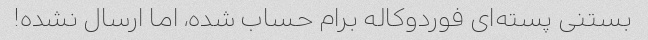
بستنی پسته‌ای فوردوکاله برام حساب شده، اما ارسال نشده!